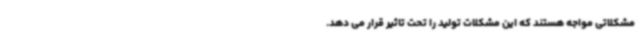
مشکلاتی مواجه هستند که این مشکلات تولید را تحت تاثیر قرار می دهد.